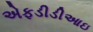
એફડીડીઆઇ